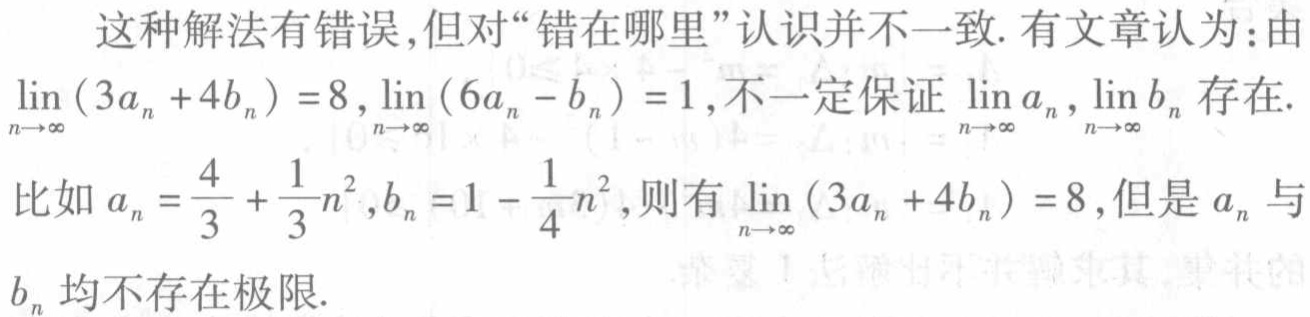
这种解法有错误,但对“错在哪里”认识并不一致. 有文章认为:由

\(\lim_{n\rightarrow\infty}(3a_{n} + 4b_{n}) = 8,\lim_{n\rightarrow\infty}(6a_{n} - b_{n}) = 1\),不一定保证\(\lim_{n\rightarrow\infty}a_{n},\lim_{n\rightarrow\infty}b_{n}\)存在.

比如\(a_{n}=\frac{4}{3}+\frac{1}{3}n^{2},b_{n}=1 - \frac{1}{4}n^{2}\),则有\(\lim_{n\rightarrow\infty}(3a_{n} + 4b_{n}) = 8\),但是\(a_{n}\)与

\(b_{n}\)均不存在极限.